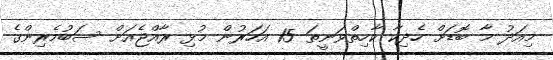
މިއަދު މާ ބޮޑަށް ހެދިކާ ކާހިތްވަނީތަ 15 އަހަރުން މުޅި ރާއްޖެއަށް ސަބުމެރިންގެ